Calcutta medical institutions reports 1871-78
Year: 1871
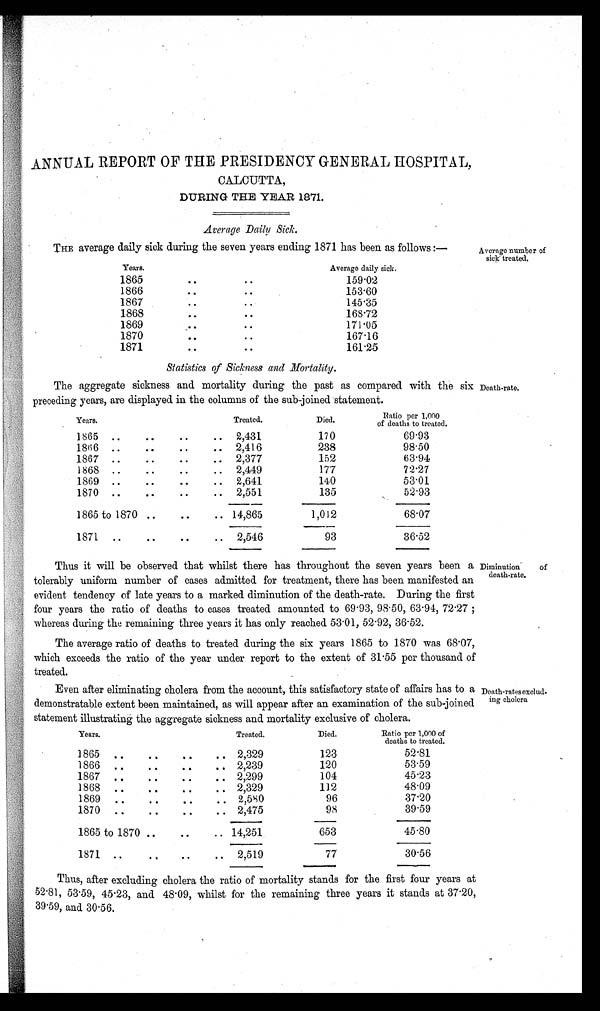
A
ANNUAL REPORT OF THE PRESIDENCY GENERAL HOSPITAL,
CALCUTTA,
DURING THE YEAR 1871.
Average Daily Sick.
THE average daily sick during the seven years ending 1871 has been as follows :—
Years.
Average daily sick.
1865
..
..
159.02
1866
..
..
1 5 3 . 6 0
1867
..
..
145.35
1868
..
..
168.72
1869
..
..
171.05
1870
..
..
167.16
1871
..
..
161.25
Statistics of Sickness and Mortality.
The aggregate sickness and mortality during the past as compared with the six
preceding years, are displayed in the columns of the sub-joined statement.
Years.
Treated.
Died.
Ratio per 1,000
of deaths to treated.
1865 ..
..
..
.. 2,431
170
6 9 . 9 3
1866 ..
..
..
.. 2,416
238
98.50
1867 ..
..
..
.. 2,377
152
63.94
1868 ..
..
..
.. 2,449
177
72.27
1869 ..
..
..
.. 2,641
140
53.01
1870 ..
..
..
.. 2,551
135
52.93
1865 to 1870 ..
..
..
.. 14,865
1,012
6 8 . 0 7
1871 ..
..
..
.. 2,546
93
36.52
Thus it will be observed that whilst there has throughout the seven years been a
tolerably uniform number of cases admitted for treatment, there has been manifested an
evident tendency of late years to a marked diminution of the death-rate. During the first
four years the ratio of deaths to cases treated amounted to 69.93, 98.50, 63.94, 72.27 ;
whereas during the remaining three years it has only reached 53.01, 52.92, 36.52.
The average ratio of deaths to treated during the six years 1865 to 1870 was 68.07,
which exceeds the ratio of the year under report to the extent of 31.55 per thousand of
treated.
Even after eliminating cholera from the account, this satisfactory state of affairs has to a
demonstratable extent been maintained, as will appear after an examination of the sub-joined
statement illustrating the aggregate sickness and mortality exclusive of cholera.
Years.
Treated.
Died.
Ratio per 1,000 of
deaths to treated.
1865 ..
..
..
.. 2,329
123
52.81
1866 ..
..
..
..
2,239
120
53.59
1867 ..
..
..
.. 2,299
104
45.23
1868 ..
..
..
..
2,329
112
48.09
1869 ..
.. ..
..
2,580
96
37.20
1870 ..
..
..
..
2,475
98
39.59
1865 to 1870
..
..
..
.. 14,251
653
45.80
1871 ..
..
..
.. 2,519
77
30.56
Thus, after excluding cholera the ratio of mortality stands for the first four years at
52.81, 53.59, 45.23, and 48.09, whilst for the remaining three years it stands at 37.20,
39.59, and 30.56.
Average number of
sick treated.
Death-rate.
Diminution of
death-rate.
Death-rates exclud
ing cholera